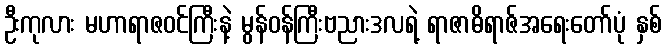
ဦးကုလား မဟာရာဇဝင်ကြီးနဲ့ မွန်ဝန်ကြီးဗညားဒလရဲ့ ရာဇာဓိရာဇ်အရေးတော်ပုံ နှစ်